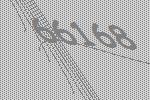
66168